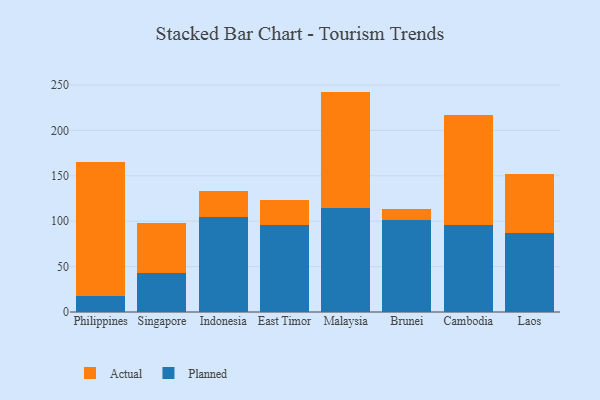
{"axis": {"x": "Country", "y": "Population (Million)"}, "legend": ["Actual", "Planned"], "data": [{"x": "Philippines", "y": 17.7, "type": "Planned"}, {"x": "Philippines", "y": 147.4, "type": "Actual"}, {"x": "Singapore", "y": 42.8, "type": "Planned"}, {"x": "Singapore", "y": 54.8, "type": "Actual"}, {"x": "Indonesia", "y": 104.5, "type": "Planned"}, {"x": "Indonesia", "y": 28.8, "type": "Actual"}, {"x": "East Timor", "y": 96.2, "type": "Planned"}, {"x": "East Timor", "y": 27.3, "type": "Actual"}, {"x": "Malaysia", "y": 114.2, "type": "Planned"}, {"x": "Malaysia", "y": 128.5, "type": "Actual"}, {"x": "Brunei", "y": 101.1, "type": "Planned"}, {"x": "Brunei", "y": 12.2, "type": "Actual"}, {"x": "Cambodia", "y": 96.0, "type": "Planned"}, {"x": "Cambodia", "y": 121.0, "type": "Actual"}, {"x": "Laos", "y": 87.3, "type": "Planned"}, {"x": "Laos", "y": 65.1, "type": "Actual"}]}